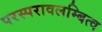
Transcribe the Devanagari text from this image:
परस्परावलम्बित्व